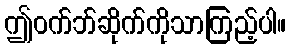
ဤဝက်ဘ်ဆိုက်ကိုသာကြည့်ပါ။